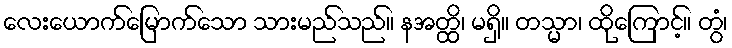
လေးယောက်မြောက်သော သားမည်သည်။ နအတ္ထိ၊ မရှိ။ တသ္မာ၊ ထိုကြောင့်။ တွံ၊